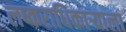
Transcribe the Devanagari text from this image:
लष्कराधिकाऱ्याला